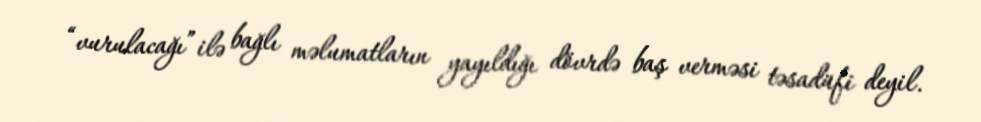
“vurulacağı” ilə bağlı məlumatların yayıldığı dövrdə baş verməsi təsadüfi deyil.